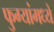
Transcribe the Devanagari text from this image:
फुग्यांमध्ये